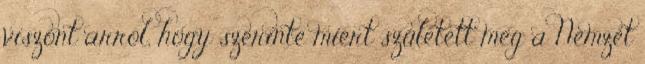
viszont arról, hogy szerinte miért született meg a Nemzet